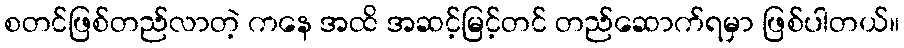
စတင်ဖြစ်တည်လာတဲ့ ကနေ အထိ အဆင့်မြင့်တင် တည်ဆောက်ရမှာ ဖြစ်ပါတယ်။